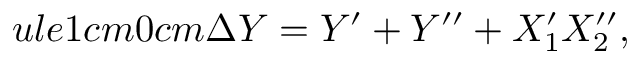
ule { 1 cm } { 0 cm } \Delta Y = Y ^ { \prime } + Y ^ { \prime \prime } + X _ { 1 } ^ { \prime } X _ { 2 } ^ { \prime \prime } ,